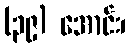
(၃၉) အောင်း၊